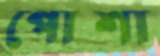
পোশা